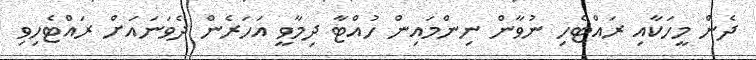
ދެން މީހަކާއި ރައްޓެހި ނުވާން ނިންމައިން ހުއްޓާ ދިމާވީ އަހަރެން ދެވަނައަށް ރައްޓެހިވި